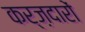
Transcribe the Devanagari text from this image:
कर्ज़दारों